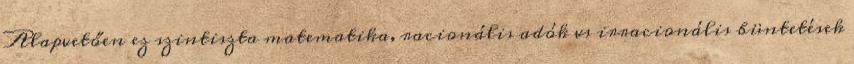
Alapvetően ez szintiszta matematika, racionális adók vs irracionális büntetések